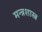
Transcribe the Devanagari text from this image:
मन्त्रशास्त्र